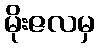
မိုးဇလမှ